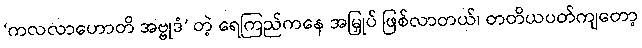
‘ကလလာဟောတိ အဗ္ဗုဒံ’ တဲ့ ရေကြည်ကနေ အမြှုပ် ဖြစ်လာတယ်၊ တတိယပတ်ကျတော့